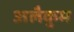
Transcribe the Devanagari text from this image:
अलैकुम